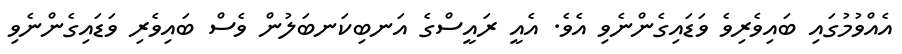
އެއްވުމުގައި ބައިވެރިވެ ވަޑައިގެންނެވި އެވެ. އެއީ ރައީސްގެ އަނބިކަނބަލުން ވެސް ބައިވެރި ވަޑައިގެންނެވި